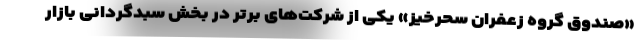
«صندوق گروه زعفران سحرخیز» یکی از شرکت‌های برتر در بخش سبدگردانی بازار